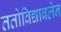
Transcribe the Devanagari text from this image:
ततोविद्याबलेन